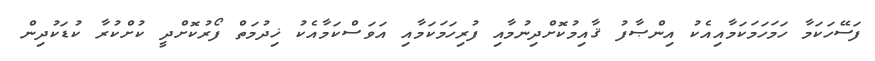
ފަސޭހަކަމާ ހަމަހަމަކަމާއިއެކު އިންޞާފު ޤާއިމުކޮށްދިނުމާއި ފުރިހަމަކަމާއި އަވަސްކަމާއެކު ޚިދުމަތް ފޯރުކޮށްދީ ކުށްކުރާ ކުޑަކުދިން